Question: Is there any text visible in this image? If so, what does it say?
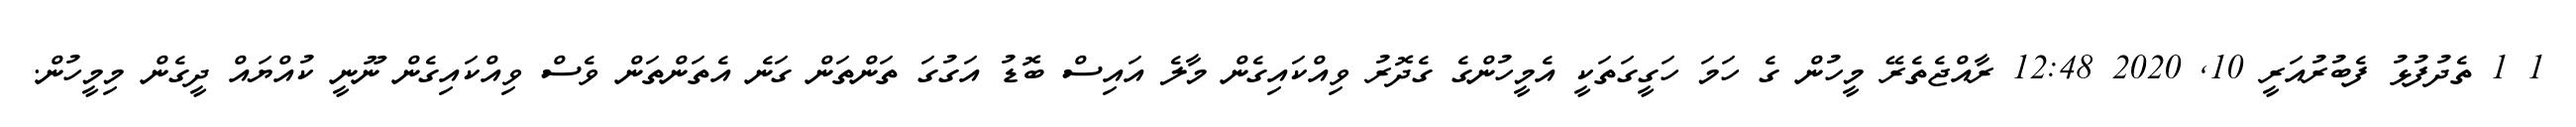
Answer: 1 1 ތެދުފުޅު ފެބުރުއަރީ 10, 2020 12:48 ރާއްޖެތެރޭ މީހުން ގެ ހަމަ ހަގީގަތަކީ އެމީހުންގެ ގެދޮރު ވިއްކައިގެން މާލެ އައިސް ބޮޑު އަގުގަ ތަންތަން ގަނެ އެތަންތަން ވެސް ވިއްކައިގެން ނޫނީ ކުއްޔައް ދީގެން މިމީހުން.